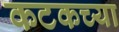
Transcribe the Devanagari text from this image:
कटकच्या